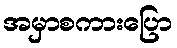
အမှာစကားပြော